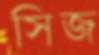
সিজ